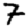
Digit: 7